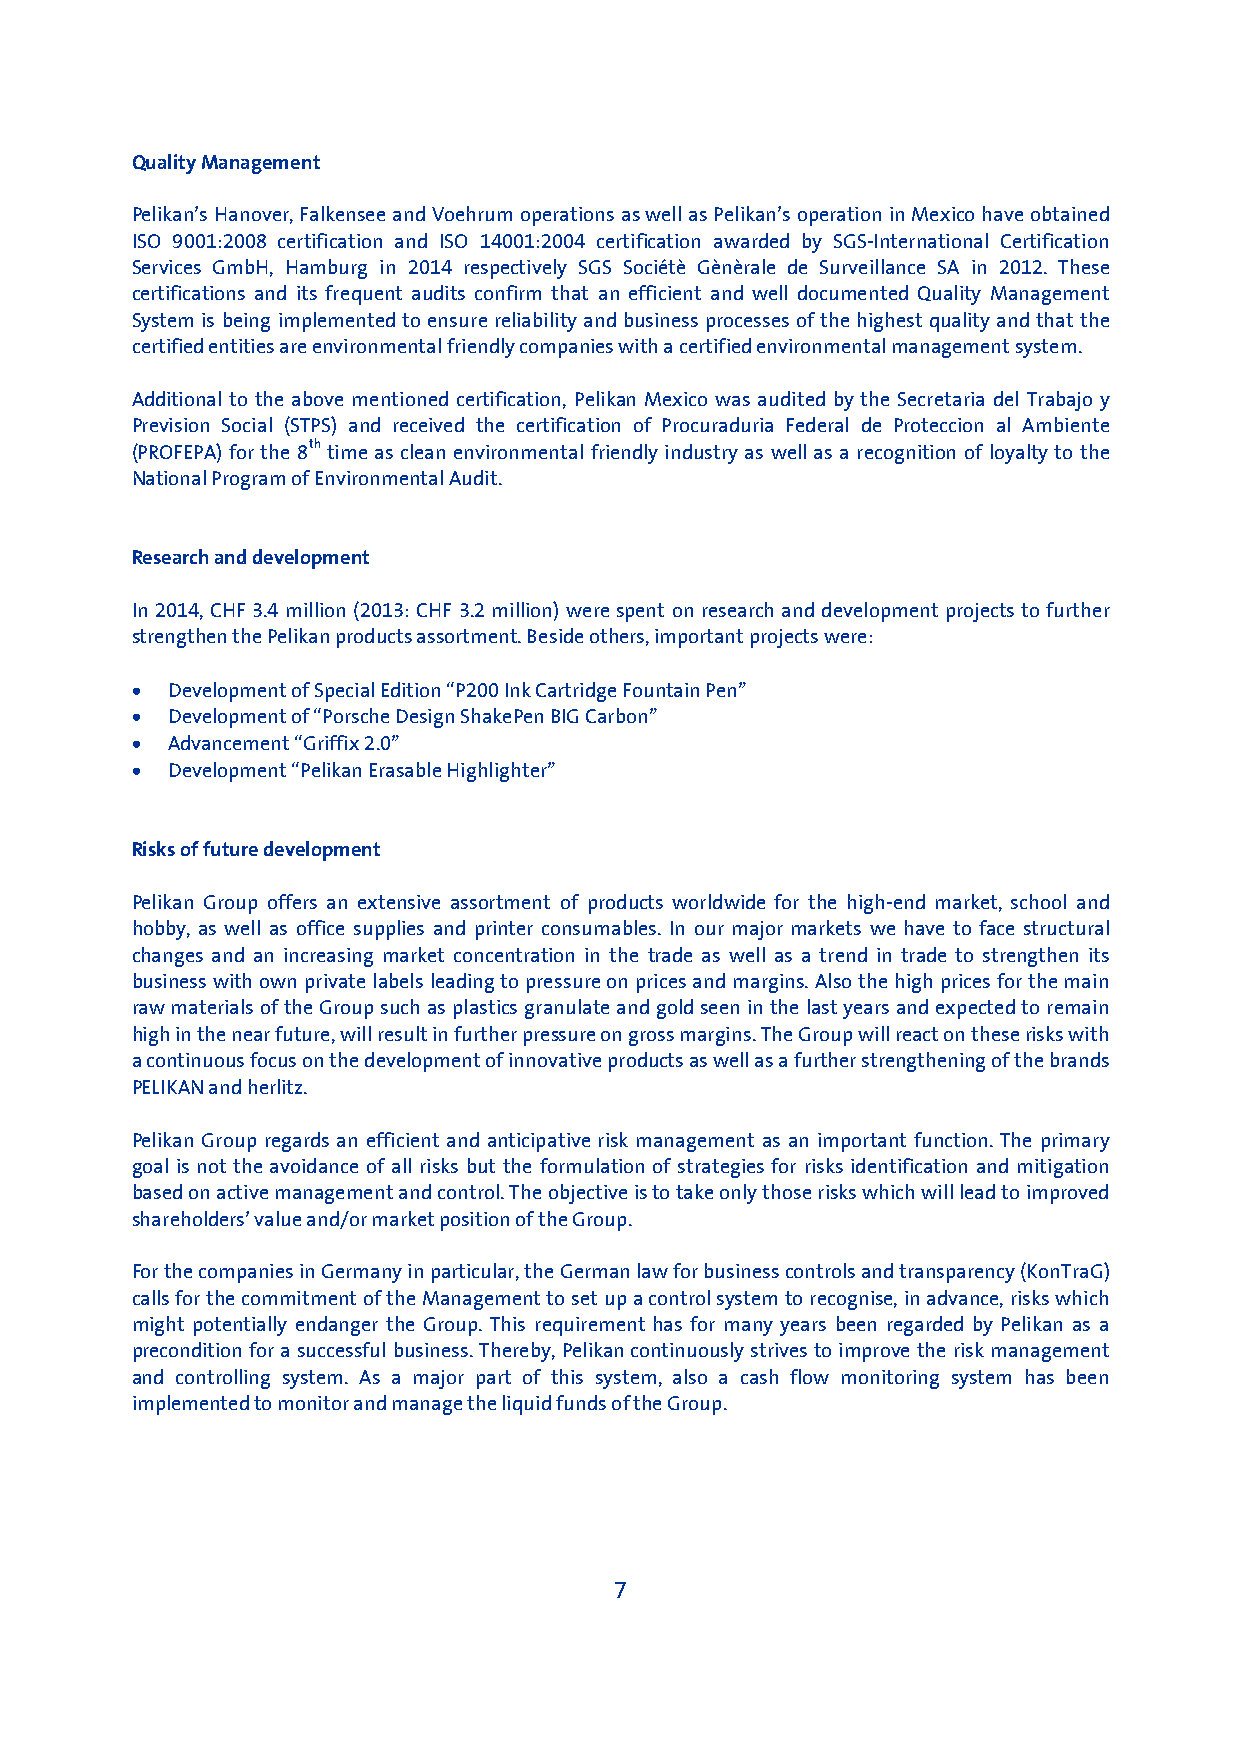
Quality Management
 Pelikan’s Hanover, Falkensee and Voehrum operations as well as Pelikan’s operation in Mexico have obtained
 ISO 9001:2008 certification and ISO 14001:2004 certification awarded by SGS-International Certification
 Services GmbH, Hamburg in 2014 respectively SGS Sociétè Gènèrale de Surveillance SA in 2012. These
 certifications and its frequent audits confirm that an efficient and well documented Quality Management
 System is being implemented to ensure reliability and business processes of the highest quality and that the
 certified entities are environmental friendly companies with a certified environmental management system.
 Additional to the above mentioned certification, Pelikan Mexico was audited by the Secretaria del Trabajo y
 Prevision Social (STPS) and received the certification of Procuraduria Federal de Proteccion al Ambiente
 (PROFEPA) for the 8th time as clean environmental friendly industry as well as a recognition of loyalty to the
 National Program of Environmental Audit.
 Research and development
 In 2014, CHF 3.4 million (2013: CHF 3.2 million) were spent on research and development projects to further
 strengthen the Pelikan products assortment. Beside others, important projects were:
 • Development of Special Edition “P200 Ink Cartridge Fountain Pen”
 • Development of “Porsche Design ShakePen BIG Carbon”
 • Advancement “Griffix 2.0”
 • Development “Pelikan Erasable Highlighter”
 Risks of future development
 Pelikan Group offers an extensive assortment of products worldwide for the high-end market, school and
 hobby, as well as office supplies and printer consumables. In our major markets we have to face structural
 changes and an increasing market concentration in the trade as well as a trend in trade to strengthen its
 business with own private labels leading to pressure on prices and margins. Also the high prices for the main
 raw materials of the Group such as plastics granulate and gold seen in the last years and expected to remain
 high in the near future, will result in further pressure on gross margins. The Group will react on these risks with
 a continuous focus on the development of innovative products as well as a further strengthening of the brands
 PELIKAN and herlitz.
 Pelikan Group regards an efficient and anticipative risk management as an important function. The primary
 goal is not the avoidance of all risks but the formulation of strategies for risks identification and mitigation
 based on active management and control. The objective is to take only those risks which will lead to improved
 shareholders’ value and/or market position of the Group.
 For the companies in Germany in particular, the German law for business controls and transparency (KonTraG)
 calls for the commitment of the Management to set up a control system to recognise, in advance, risks which
 might potentially endanger the Group. This requirement has for many years been regarded by Pelikan as a
 precondition for a successful business. Thereby, Pelikan continuously strives to improve the risk management
 and controlling system. As a major part of this system, also a cash flow monitoring system has been
 implemented to monitor and manage the liquid funds of the Group.
 7